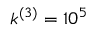
k ^ { ( 3 ) } = 1 0 ^ { 5 }